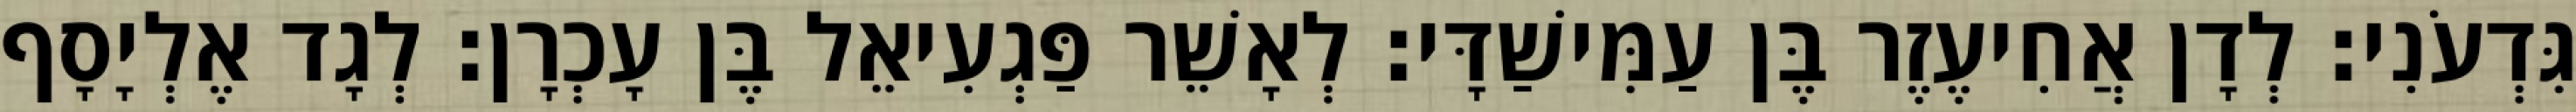
גִּדְעֹנִי׃ לְדָן אֲחִיעֶזֶר בֶּן עַמִּישַׁדָּי׃ לְאָשֵׁר פַּגְעִיאֵל בֶּן עָכְרָן׃ לְגָד אֶלְיָסָף